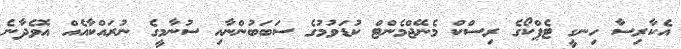
އެކާރިސާ ހިނގީ ޓެޕްކޯގެ ރިސްކް މެނޭޖްމެންޓް ކުޑަވުމުގެ ސަބަބުންނާއި ސުނާމީގެ ނުރައްކާއެއް އޮވެދާނެ